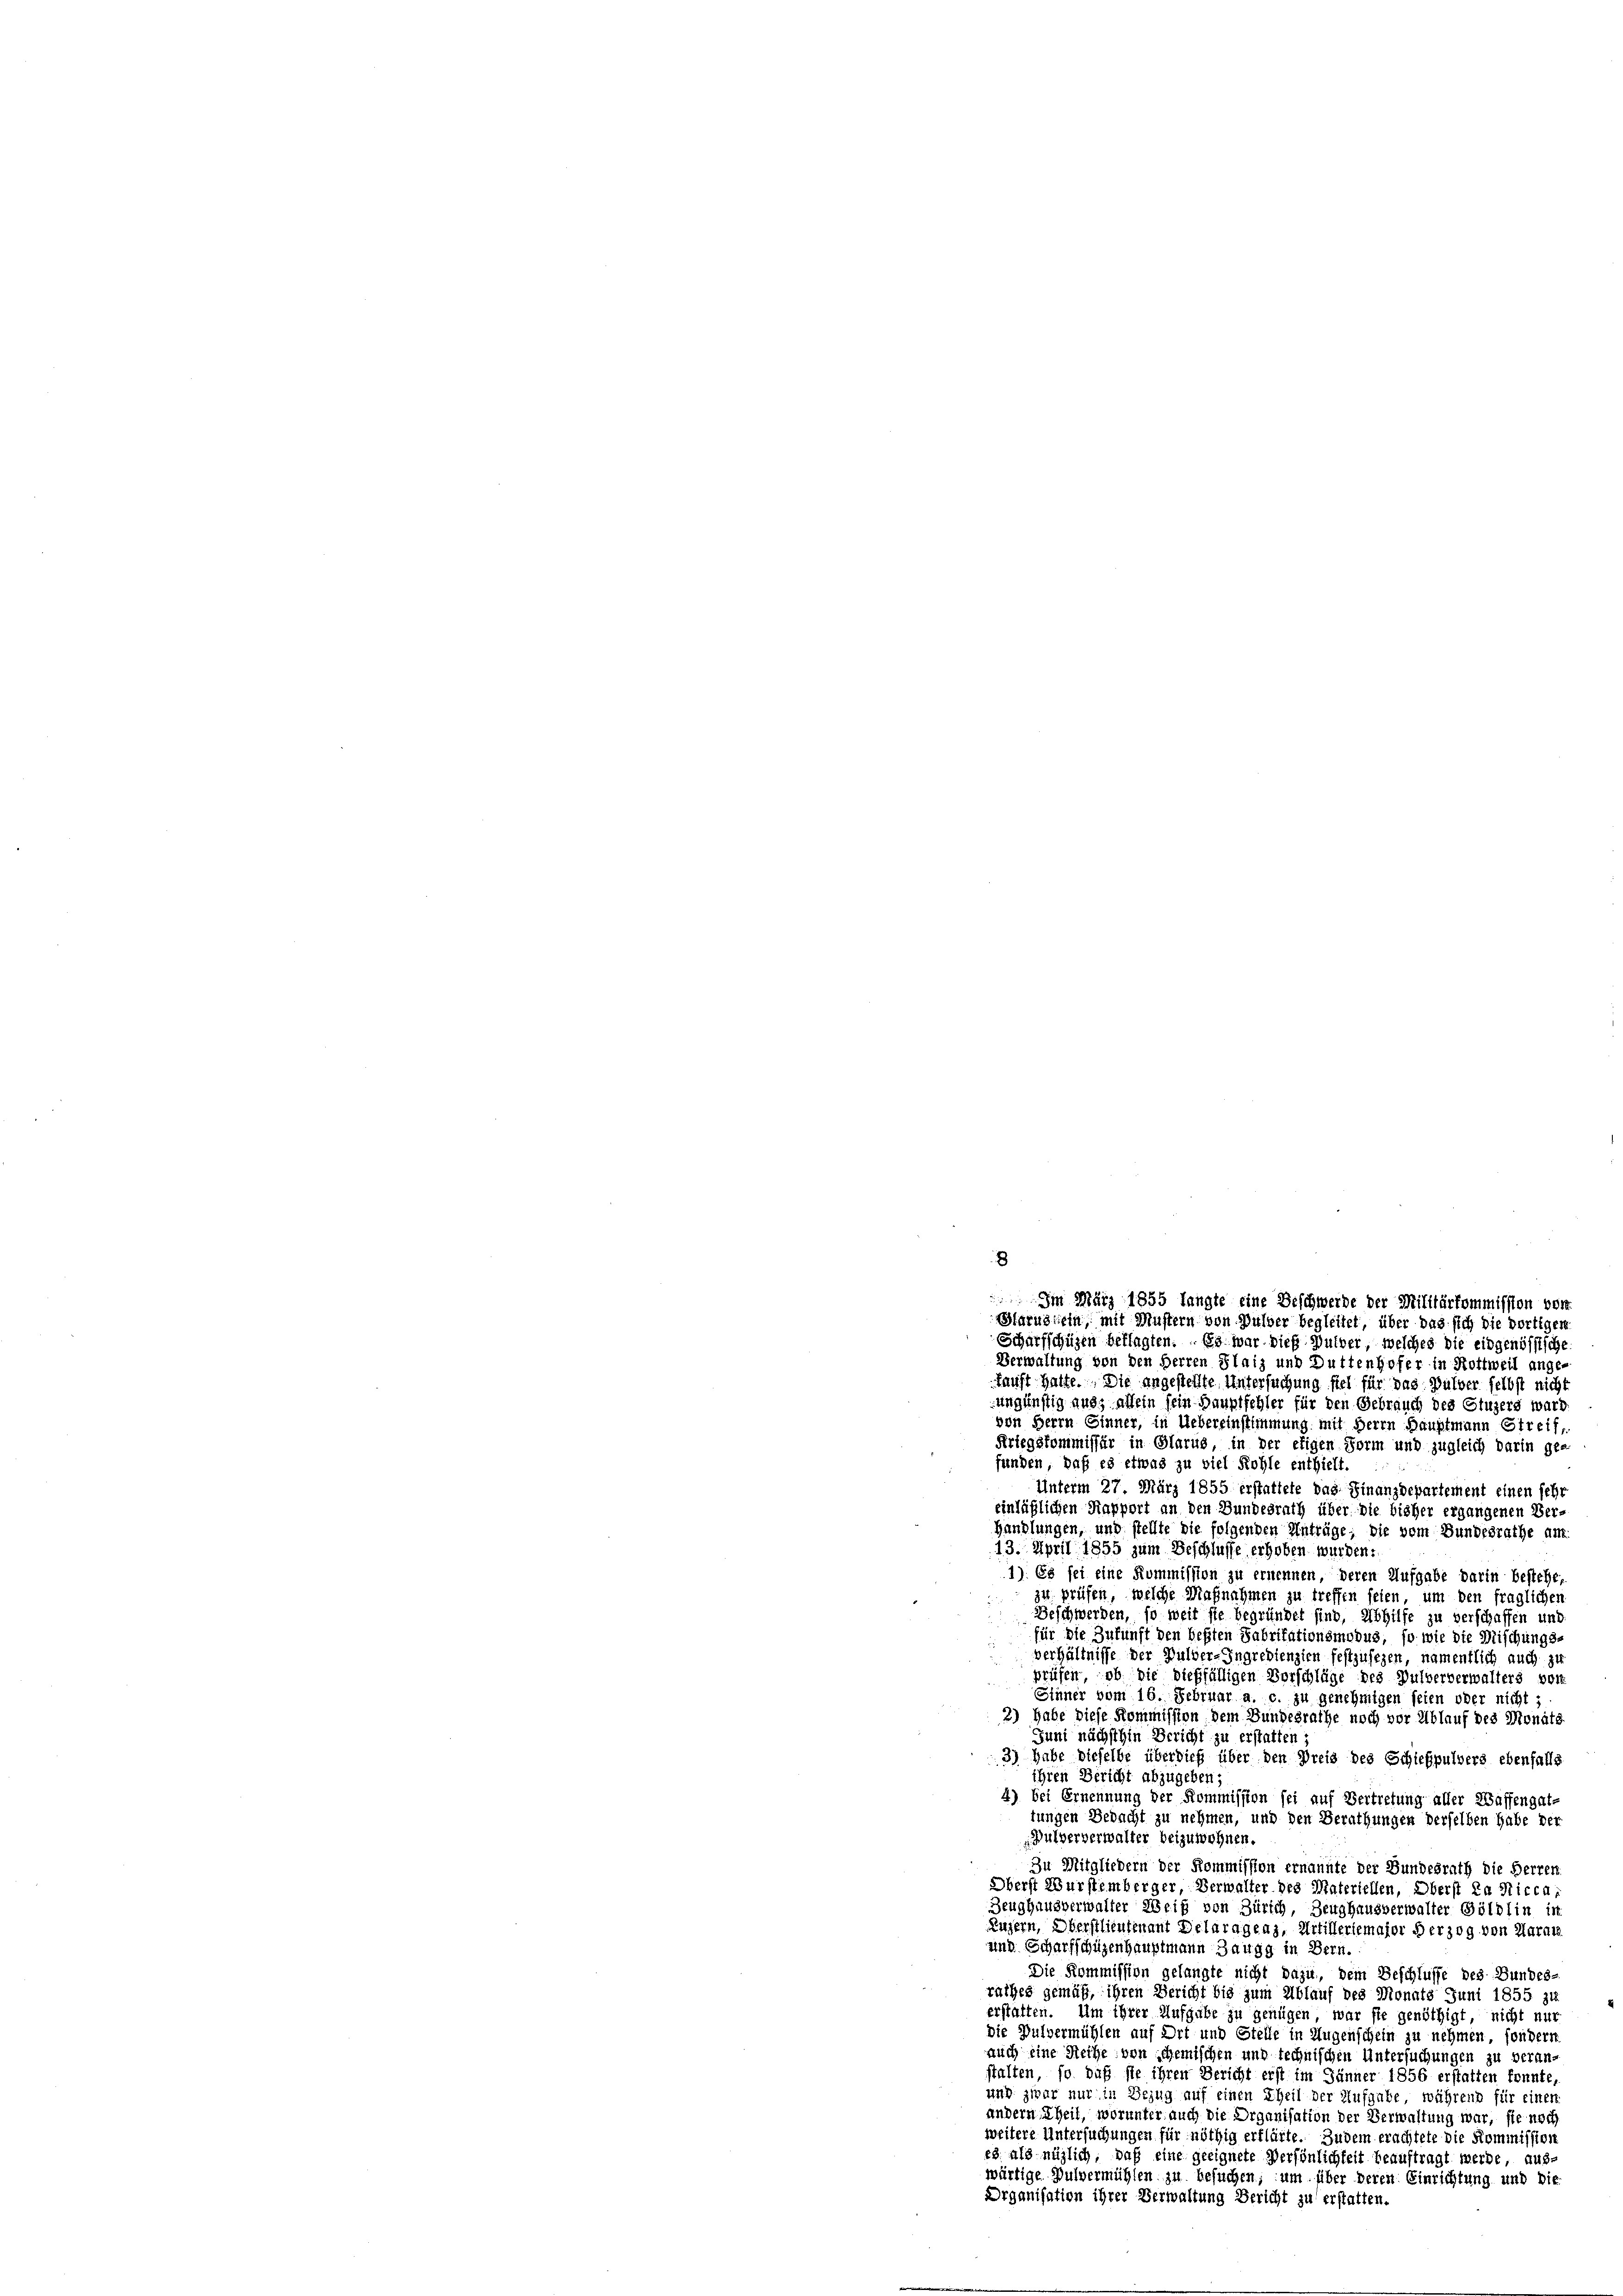
von Herrn Sinner, in Uebereinstimmung mit Herrn Hauptmann Streif,
Kriegskommissär in Glarus, in der etigen Form und zugleich darin ge-
funden, daß es etwas zu viel Kohle enthielt.
Unterm 27. März 1855 erstattete das Finanzdepartement einen sehr
einläßlichen Rapport an den Bundesrath über die bisher ergangenen Ver-
Handlungen, und stellte die folgenden Anträge; die vom Bundesrathe am
13. April 1855 zum Beschlusse erhoben wurden.
1). Es sei eine Kommission zu ernennen, deren Aufgabe darin bestehe,
zu prüfen, welche Maßnahmen zu treffen seien, um den fraglichen
Beschwerden, so weit sie begründet sind, Abhilfe zu verschaffen und
für die Zukunft den beßten Fabritationsmodus, so wie die Mischungs-
verhältnisse der Dulder-Ingredienzien festzufezen, namentlich auch zu
prüfen, ob die dießfälligen Vorschläge des Pulververwalters vor
Sinner vom 16. Februar a. c. zu genehmigen seien oder nicht;
2) Habe diese Kommission dem Bundesrathe noch vor Ablauf des Monats-
Juni nächsthin Bericht zu erstatten i
3) Habe dieselbe überdieß über den Preis des Schießpulvers ebenfalls
ihren Bericht abzugeben;
4) bei Ernennung der Kommission sei auf Vertretung aller Waffengat-
tungen Gedacht zu nehmen, und den Berathungen derselben habe der
Bulververwalter beizuwohnen.
Zu Mitgliedern der Kommission ernannte der Bundesrath die Herren
Oberst Wurstemberger, Verwalter des Materiellen, Oberst da Nicca,
Beughausverwalter Weiß von Zürich, Zeughausverwalter Göldlin in
Luzern, Oberstlieutenant Delaragens, Artilleriemajor Herzog von Aarau
unn Scharfschüzenhauptmann Zaugg in Bern.
Die Kommission gelangte nicht dazu, dem Beschlusse des Bundes-
rathes gemäß, ihren Bericht bis zum Ablauf des Monats Juni 1855 zu
erstatten. Um ihrer Aufgabe zu genügen, war sie genöthigt, nicht nur
die Pulvermühlen auf Ort und Stelle in Augenschein zu nehmen, sondern
auch eine Reihe von schemischen und technischen Untersuchungen zu veranstalten, so daß sie ihren Bericht erst im Jänner 1856 erstatten konnte,
und zwar nur in Bezug auf einen Theil der Aufgabe, währens für einer
andern Theil, worunter auch die Organisation der Verwaltung war, sie noch
weitere Untersuchungen für nöthig erklärte. Zudem erachtete die Kommission
es. als möglich, daß eine geeignete Persönlichkeit beauftragt werde, aus-
wärtige Pulvermühlen zu besuchen; um über deren Einrichtung und die
Organisation ihrer Verwaltung Bericht zu erstatten

Im März 1855 langte eine Beschwerde der Militärkommission vor
Marustein, mit Mustern von Gulder begleitet, über das sich die dortiger
Scharfschüzen beklagten. - Es war dies Gutber, welches die eidgenössische
Verwaltung von den Herren Plaiz und Duttenhofer in Rottweil ange-
kauft halte. Die angestellte Untersuchung fiel für das Pulver selbst nicht
ungünstig aus, allein sein Hauptfehler für den Gebrauch des Stuzers ward